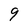
Character: 9